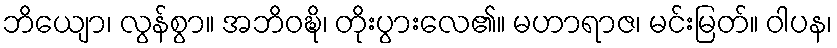
ဘိယျော၊ လွန်စွာ။ အဘိဝဍ္ဎိ၊ တိုးပွားလေ၏။ မဟာရာဇ၊ မင်းမြတ်။ ဝါပန၊